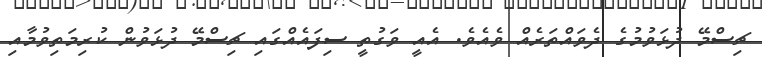
ޗިސްމޭ ދުޅަވުމުގެ ދެވައްތަރެއް ވެއެވެ. އެއީ ވަގުތީ ސިފައެއްގައި ޗިސްމޭ ދުޅަވުން ކުރިމަތިވުމާއި